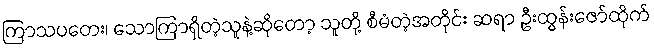
ကြာသပတေး၊ သောကြာရှိတဲ့သူနဲ့ဆိုတော့ သူတို့ စီမံတဲ့အတိုင်း ဆရာ ဦးထွန်းဇော်ထိုက်